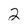
Character: 2